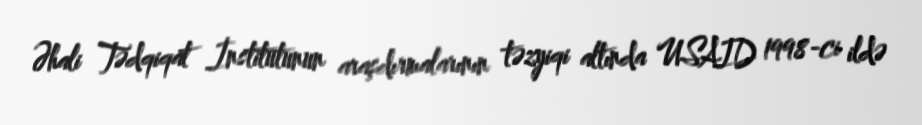
Əhali Tədqiqat İnstitutunun araşdırmalarının təzyiqi altında USAID 1998-ci ildə